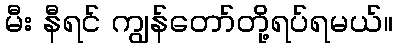
မီး နီရင် ကျွန်တော်တို့ရပ်ရမယ်။